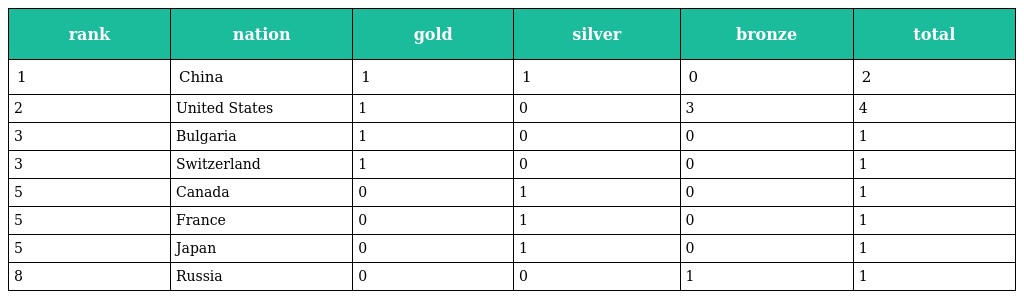
| rank | nation | gold | silver | bronze | total |
 | --- | --- | --- | --- | --- | --- |
 | 1 | China | 1 | 1 | 0 | 2 |
 | 2 | United States | 1 | 0 | 3 | 4 |
 | 3 | Bulgaria | 1 | 0 | 0 | 1 |
 | 3 | Switzerland | 1 | 0 | 0 | 1 |
 | 5 | Canada | 0 | 1 | 0 | 1 |
 | 5 | France | 0 | 1 | 0 | 1 |
 | 5 | Japan | 0 | 1 | 0 | 1 |
 | 8 | Russia | 0 | 0 | 1 | 1 |